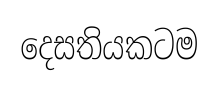
දෙසතියකටම